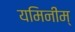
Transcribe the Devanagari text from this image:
यमिनीम्